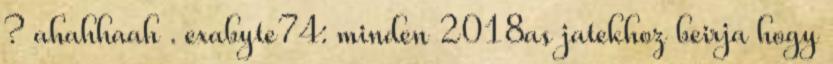
? ahahhaah . exabyte74: minden 2018as jatekhoz beirja hogy